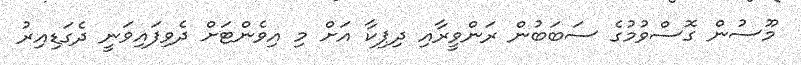
މޫސުން ގޮސްވުމުގެ ސަބަބުން ރަންވީރާއި ދިޕިކާ އަށް މި އިވެންޓަށް ދެވިފައިވަނީ ދެގަޑިއިރު